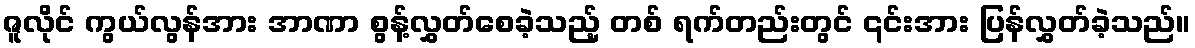
ဇူလိုင် ကွယ်လွန်အား အာဏာ စွန့်လွှတ်စေခဲ့သည့် တစ် ရက်တည်းတွင် ၎င်းအား ပြန်လွှတ်ခဲ့သည်။